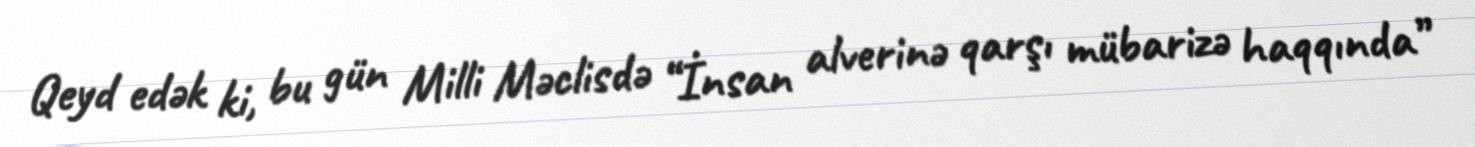
Qeyd edək ki, bu gün Milli Məclisdə “İnsan alverinə qarşı mübarizə haqqında”